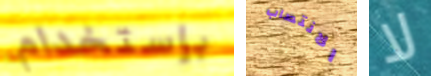
بإستخدام الانتصاب لا